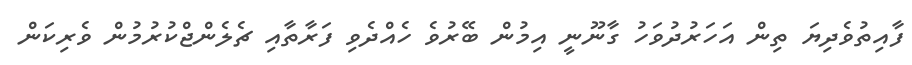
ފާއިތުވެދިޔަ ތިން އަހަރުދުވަހު ގާނޫނީ އިމުން ބޭރުވެ ހެއްދެވި ފަރާތާއި ޗެލެންޖްކުރުމުން ވެރިކަން